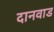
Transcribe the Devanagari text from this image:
दानवाड